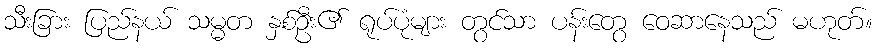
သီးခြား ပြည်နယ် သမ္မတ နှစ်ဦး၏ ရုပ်ပုံများ တွင်သာ ပန်းတွေ ဝေဆာနေသည် မဟုတ်။